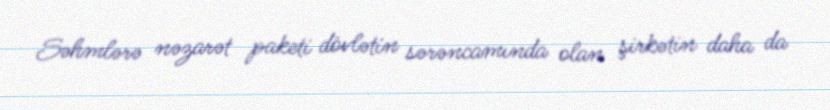
Səhmlərə nəzarət paketi dövlətin sərəncamında olan şirkətin daha da